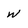
Character: w